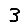
Digit: 3